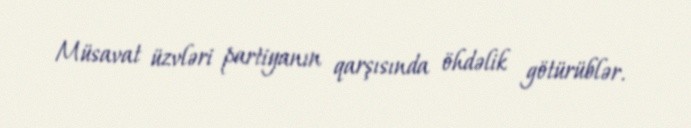
Müsavat üzvləri partiyanın qarşısında öhdəlik götürüblər.